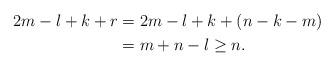
LaTeX: \begin{align*}2m-l+k+r & = 2m -l +k + (n-k-m) \\ & = m+n-l \geq n .\end{align*}